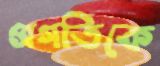
প্রগতিকে